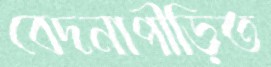
বেদনাপীড়িত